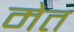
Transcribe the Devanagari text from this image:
मेत